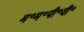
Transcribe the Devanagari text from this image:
म॰म॰पी॰वी॰